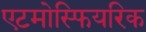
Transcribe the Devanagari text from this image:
एटमोस्फियरिक